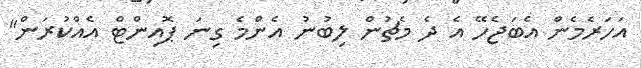
އަހަރެމެން އެބަޖެހޭ އެ ދެ މެޗުން ލިބުނު އެންމެ ގިނަ ޕޮއިންޓް އެއްކުރަން"